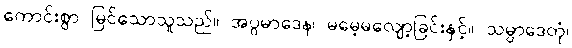
ကောင်းစွာ မြင်သောသူသည်။ အပ္ပမာဒေန၊ မမေ့မလျော့ခြင်းနှင့်။ သမ္ပာဒေတုံ၊